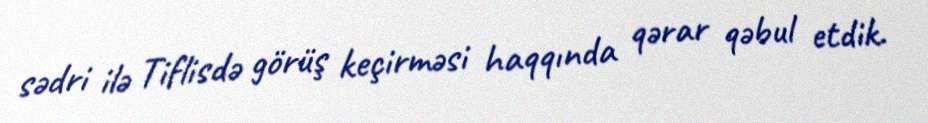
sədri ilə Tiflisdə görüş keçirməsi haqqında qərar qəbul etdik.